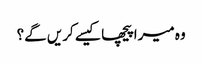
وہ میرا پیچھا کیسے کریں گے؟